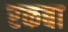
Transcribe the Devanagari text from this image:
रकबा